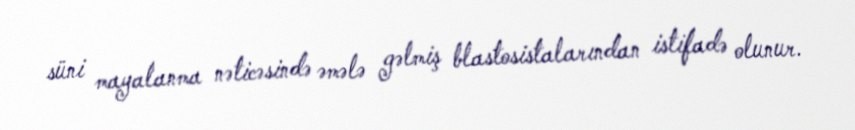
süni mayalanma nəticəsində əmələ gəlmiş blastosistalarından istifadə olunur.